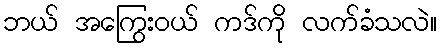
ဘယ် အကြွေးဝယ် ကဒ်ကို လက်ခံသလဲ။